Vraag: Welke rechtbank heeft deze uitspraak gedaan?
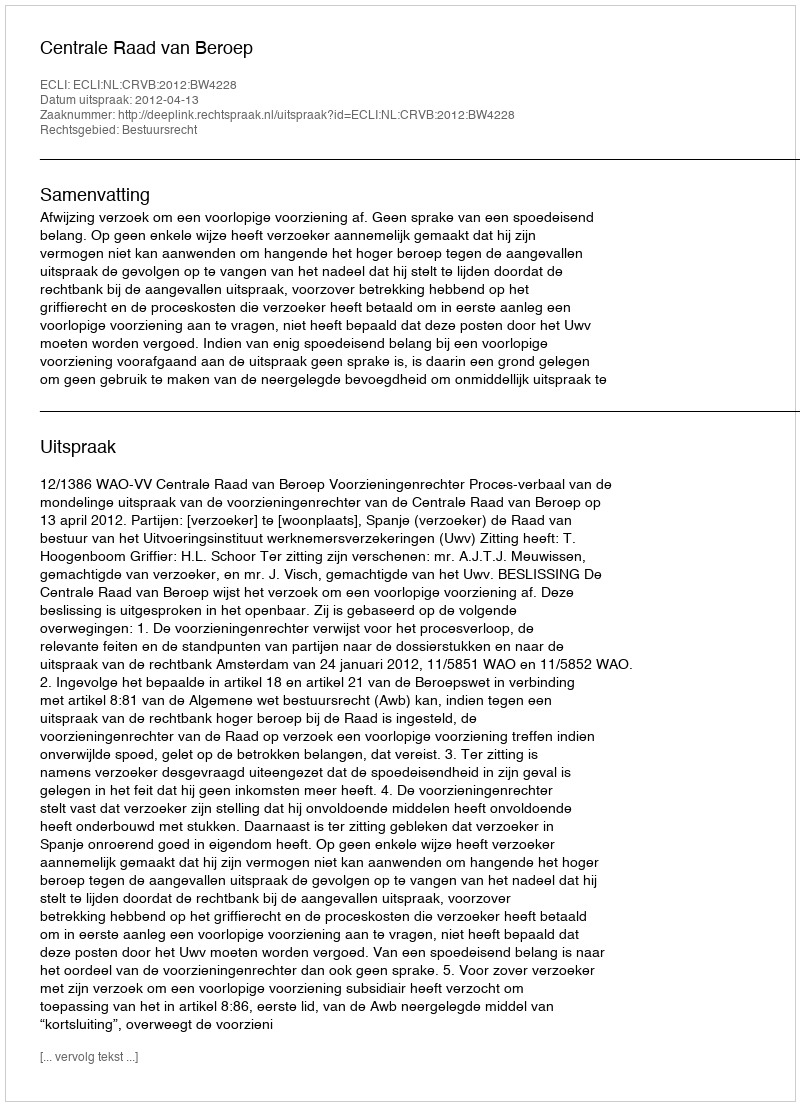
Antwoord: Centrale Raad van Beroep